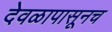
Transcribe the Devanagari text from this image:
देवळापासूनच